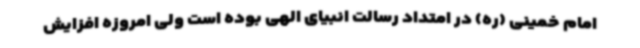
امام خمینی (ره) در امتداد رسالت انبیای الهی بوده است ولی امروزه افزایش